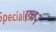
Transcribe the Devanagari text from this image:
एच२